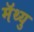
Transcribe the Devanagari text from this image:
मॅथ्यु